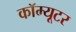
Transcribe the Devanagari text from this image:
कॉम्यूटर